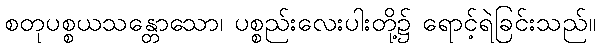
စတုပစ္စယသန္တောသော၊ ပစ္စည်းလေးပါးတို့၌ ရောင့်ရဲခြင်းသည်။